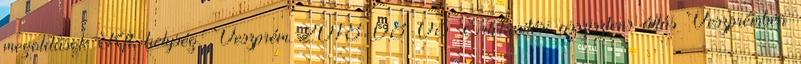
megoldások Kft. helység: Veszprém 2018-08-03 Értékesítési asszisztens állás Veszprémben